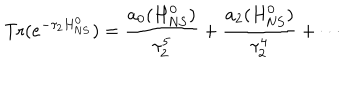
LaTeX: \mathrm { T r } ( e ^ { - \tau _ { 2 } H _ { \mathrm N S } ^ { 0 } } ) = \frac { a _ { 0 } ( H _ { \mathrm N S } ^ { 0 } ) } { \tau _ { 2 } ^ { 5 } } + \frac { a _ { 2 } ( H _ { \mathrm N S } ^ { 0 } ) } { \tau _ { 2 } ^ { 4 } } + \cdots